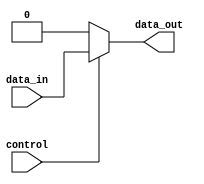
module comb_logic_buffer (
    input wire data_in,
    input wire control,
    output reg data_out
);

    always @ (data_in, control) begin
        if (control == 1'b1) begin
            data_out = data_in;
        end else begin
            data_out = 1'b0;
        end
    end
    
endmodule